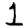
Digit: 1